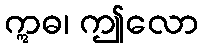
ဣဓ၊ ဤလော